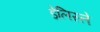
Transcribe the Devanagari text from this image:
डेलिस्ले